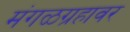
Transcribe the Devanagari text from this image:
मंगळग्रहावर